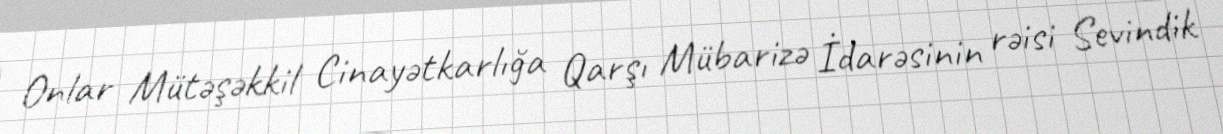
Onlar Mütəşəkkil Cinayətkarlığa Qarşı Mübarizə İdarəsinin rəisi Sevindik